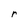
Character: r